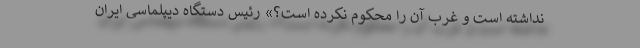
نداشته است و غرب آن را محکوم نکرده است؟» رئیس دستگاه دیپلماسی ایران